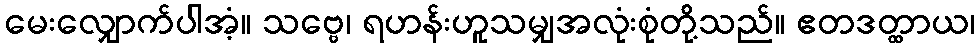
မေးလျှောက်ပါအံ့။ သဗ္ဗေ၊ ရဟန်းဟူသမျှအလုံးစုံတို့သည်။ ဧတဒတ္ထာယ၊